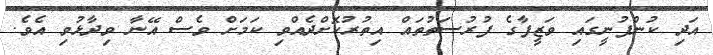
އަދި ކުންފުނީގައި ވަޒީފާގެ ފުރުސަތުތައް އިތުރުކޮށްދެއްވި ކަމަށް ވެސް އޭނާ ވިދާޅުވި އެވެ.